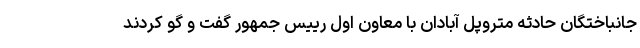
جانباختگان حادثه متروپل آبادان با معاون اول رییس جمهور گفت و گو کردند